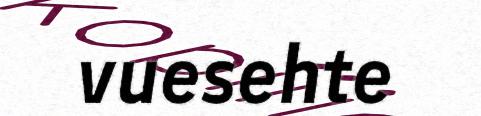
vuesehte